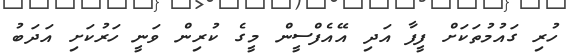
ހުރި ގައުމުތަކަށް ފީފާ އަދި އޭއެފްސީން މީގެ ކުރިން ވަނީ ހަރުކަށި އަދަބު